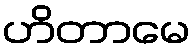
ဟိတာမေ